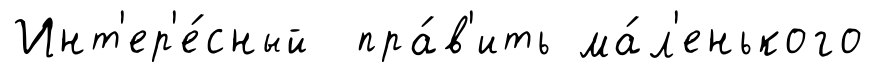
Инт'ер'е́сный пра́в'ить ма́л'енького